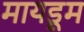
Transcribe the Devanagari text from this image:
मायडूम